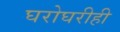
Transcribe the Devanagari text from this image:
घरोघरीही